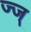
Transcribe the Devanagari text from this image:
ज्ज्